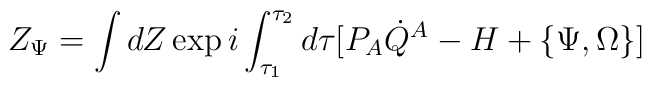
Z_\Psi=\int dZ \exp i\int_{\tau_1}^{\tau_2}d\tau [P_A\dot Q^A-H+\{\Psi,\Omega\}]